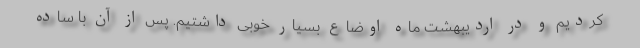
کردیم و در اردیبهشت ماه اوضاع بسیار خوبی داشتیم. پس از آن با ساده